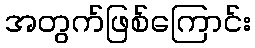
အတွက်ဖြစ်ကြောင်း